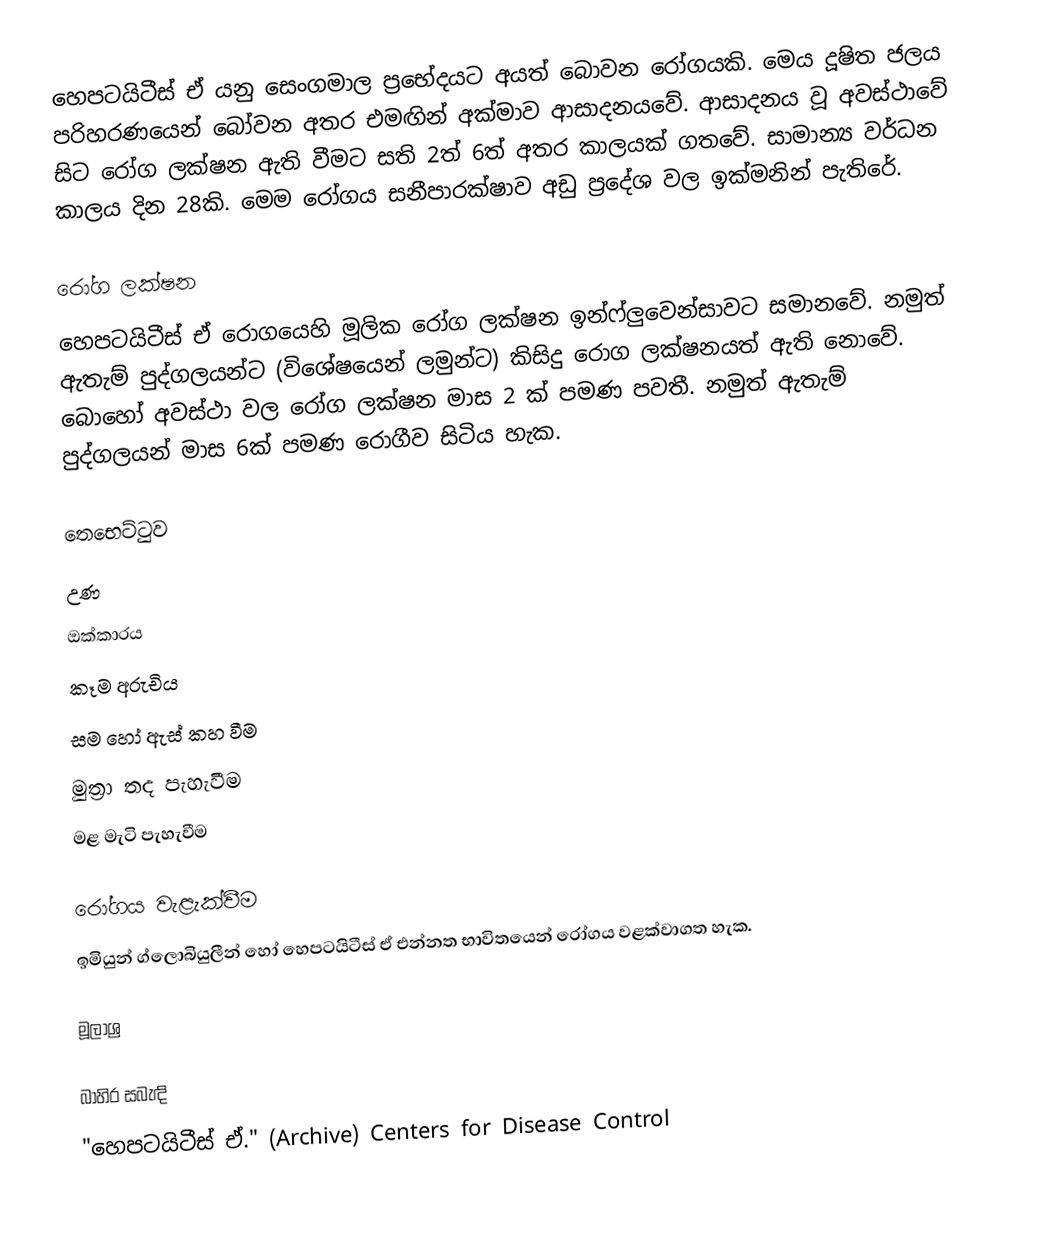
හෙපටයිටීස් ඒ යනු සෙංගමාල ප්‍රභේදයට අයත් බොවන රෝගයකි. මෙය දූෂිත ජලය පරිහරණයෙන් බෝවන අතර එමඟින් අක්මාව ආසාදනයවේ.  ආසාදනය වූ අවස්ථාවේ සිට රෝග ලක්ෂන ඇති වීමට සති 2ත් 6ත් අතර කාලයක් ගතවේ. සාමාන්‍ය වර්ධන කාලය දින 28කි. මෙම රෝගය සනීපාරක්ෂාව අඩු ප්‍රදේශ වල ඉක්මනින් පැතිරේ.

රෝග ලක්ෂන
හෙපටයිටීස් ඒ රොගයෙහි මූලික රෝග ලක්ෂන ඉන්ෆ්ලුවෙන්සාවට සමානවේ. නමුත් ඇතැම් පුද්ගලයන්ට (විශේෂයෙන් ලමුන්ට) කිසිදු රොග ලක්ෂනයත් ඇති නොවේ. බොහෝ අවස්ථා වල රෝග ලක්ෂන මාස 2 ක් පමණ පවතී. නමුත් ඇතැම් පුද්ගලයන් මාස 6ක් පමණ රොගීව සිටිය හැක.

 තෙභෙට්ටුව
 උණ
 ඔක්කාරය
 කෑම අරුචිය
 සම හෝ ඇස් කහ වීම
 මුත්‍රා තද පැහැවීම
 මළ මැටි පැහැවීම

රෝගය වැළැක්වීම
ඉමියුන් ග්ලොබියුලීන් හෝ හෙපටයිටීස් ඒ එන්නත භාවිතයෙන් රෝගය වළක්වාගත හැක.

මූලාශ්‍ර

බාහිර සබැඳි
 "හෙපටයිටීස් ඒ." (Archive) Centers for Disease Control